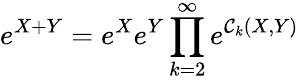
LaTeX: e^{X+Y}=e^{X}e^{Y}\prod_{k=2}^{\infty}e^{\mathcal{C}_{k}(X,Y)}